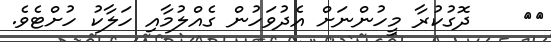
٣٤    ދޮގުކުރާ މީހުންނަށް އެދުވަހުން ގެއްލުމާއި ހަލާކު ހުށްޓެވެ.